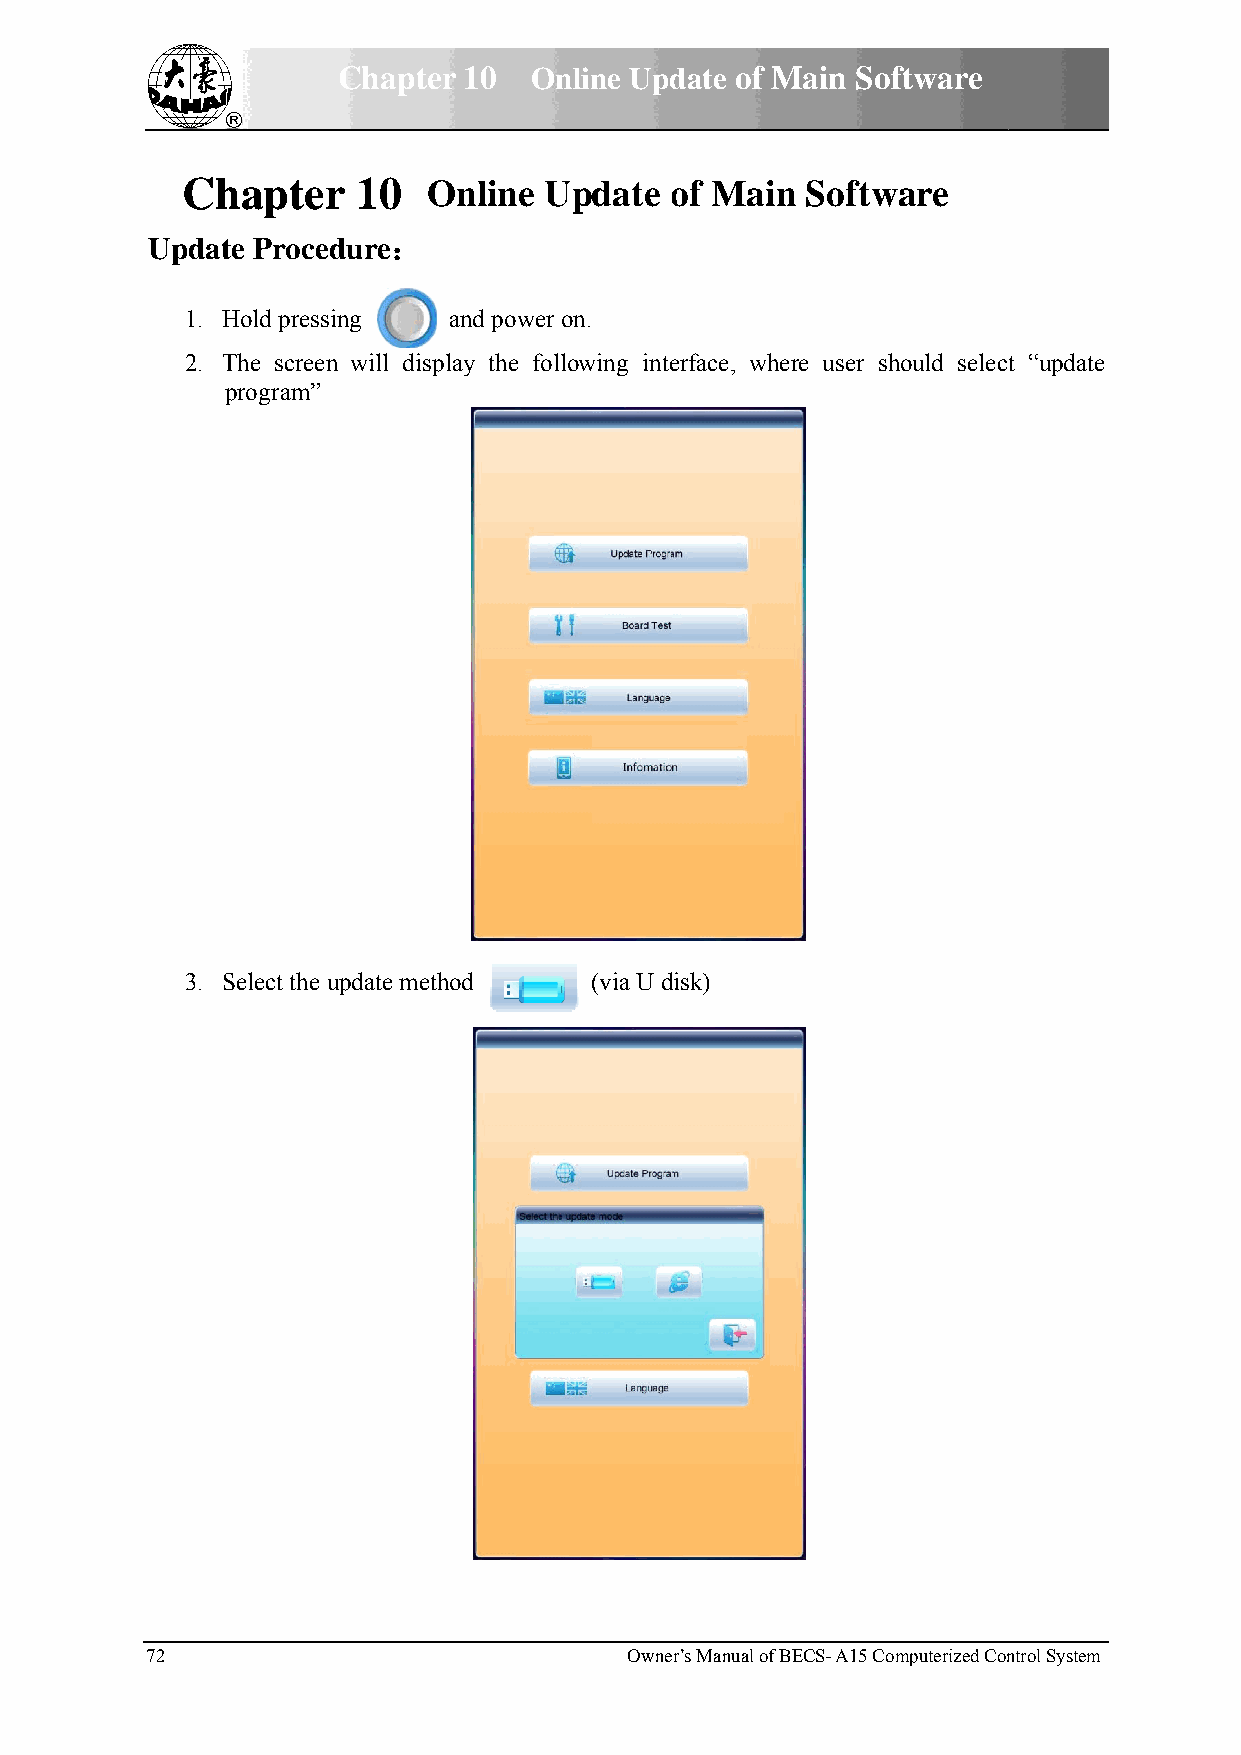
Chapterr 10  Onnline Upddate of MMain Sofftware
 Chhapterr   10  OOnline UUpdate oof Mainn Softwware
 Updatte Proceddure：
 1. HHold pressiing and power on.
 2. TThe screenn will displlay the folllowing inteerface, wheere user shhould selectt “update
 program”
 3. SSelect the uupdate methhod (via U ddisk)
 72                              Owner’s Manual of BBECS- A15 Commputerized Conntrol System